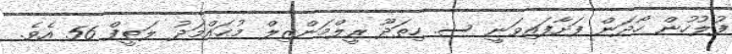
ފުލުހުން ހޯދަން ފަށާފައިވަނީ ސ. ހިތަދޫ ރީލްމަންޒިލް މުޙައްމަދު ލަޠީފް 56 އެވެ.